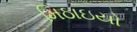
મિઠાઇયો